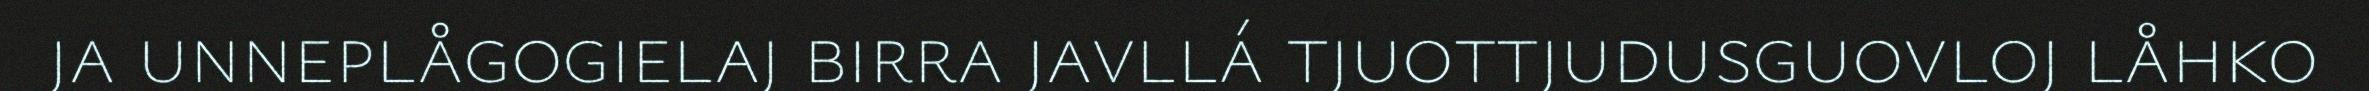
ja unneplågogielaj birra javllá tjuottjudusguovloj låhko